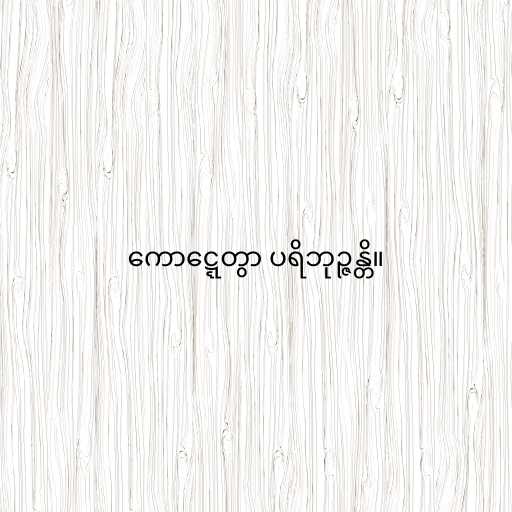
ကောဋ္ဋေတွာ ပရိဘုဉ္ဇန္တိ။